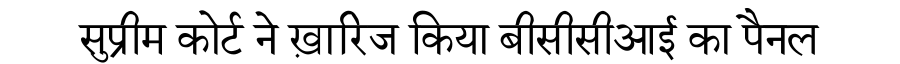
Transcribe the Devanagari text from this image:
सुप्रीम कोर्ट ने ख़ारिज किया बीसीसीआई का पैनल